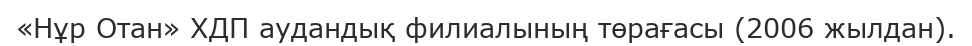
«Нұр Отан» ХДП аудандық филиалының төрағасы (2006 жылдан).